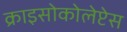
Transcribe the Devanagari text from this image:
क्राइसोकोलेप्टेस